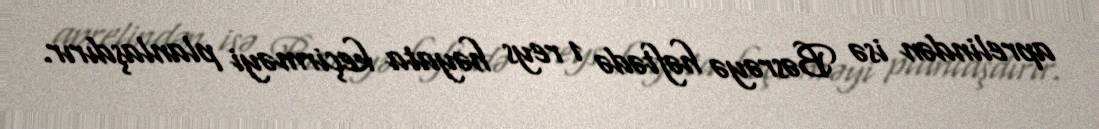
aprelindən isə Bəsrəyə həftədə 1 reys həyata keçirməyi planlaşdırır.